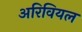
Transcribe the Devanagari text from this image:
अरिवियल